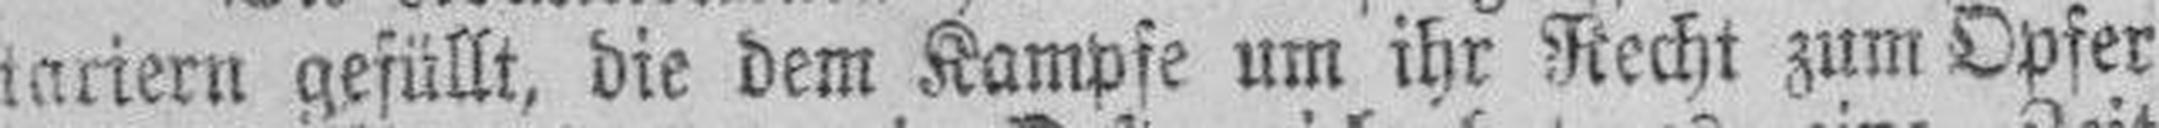
tariern gefüllt, die dem Kampfe um ihr Recht zum Opfer